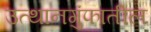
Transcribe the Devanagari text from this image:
उत्थानगुंफातील